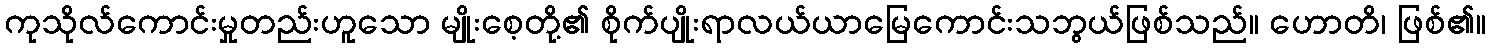
ကုသိုလ်ကောင်းမှုတည်းဟူသော မျိုးစေ့တို့၏ စိုက်ပျိုးရာလယ်ယာမြေကောင်းသဘွယ်ဖြစ်သည်။ ဟောတိ၊ ဖြစ်၏။